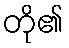
တို၏